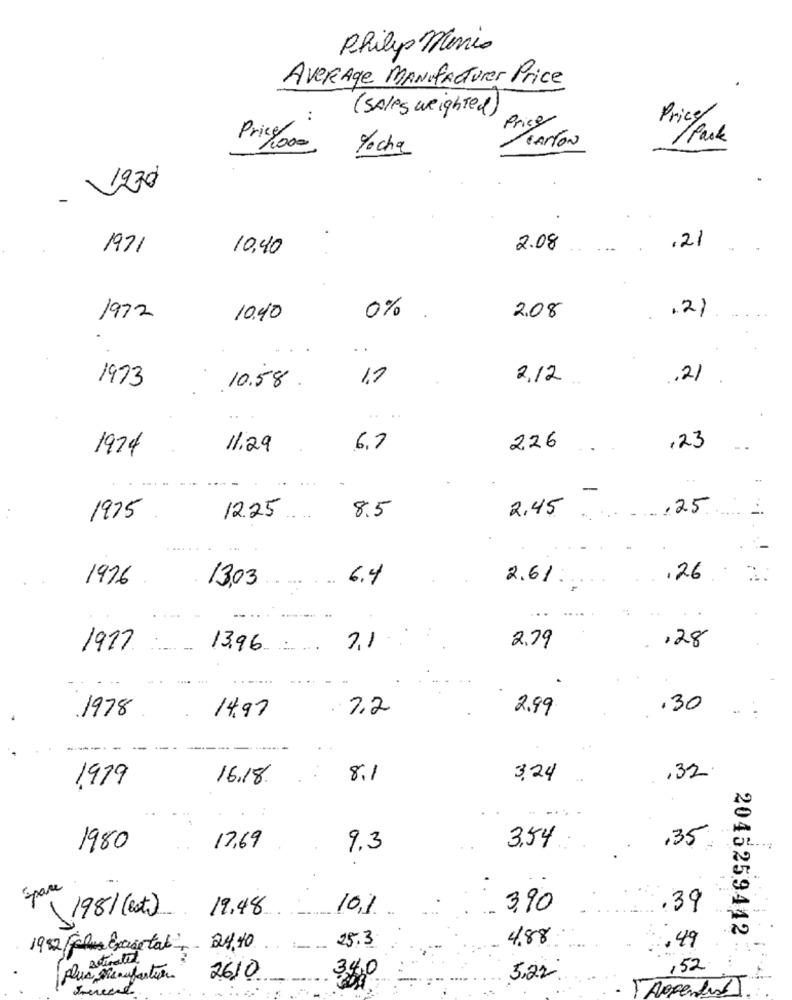
Philip Morris
Aver Age MANUFACTures Price
( SAles weighted)
:
Price
Price
Price
CANTON
/ Park
Fecha
- V230
1971
10,40
2.08
.21
1972
10.40
0%
2.08
.21
1973
1,7
2.12
.21
10.58
1979
11.29
6.7
226
,23
...
-
8.5
2.45
,25
..
1975
12.25
1976
6.4
2.61
.26
13,03
..... ...
....
--- -
,28
1977
13.96
7,1
2.79
1978
2.2
2.99
.30
14.97
1979
16.18.
8.1
3,24
,32
3,54
,35
1980
17.69
9.3
Space
19.48
10,1
3,90
.39
(198/(est)
4.88
192 /chus Exasetal, 24,40
: 25.3
.49
Activated
,52
2045259442.
plus, Miraufaction
2610
5,22
TAgrendeT.